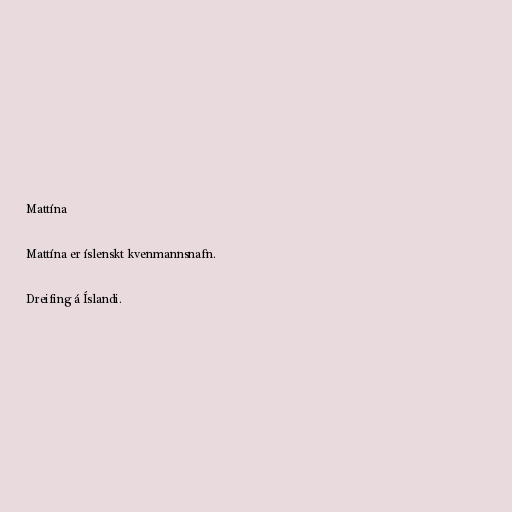
Mattína

Mattína er íslenskt kvenmannsnafn.

Dreifing á Íslandi.